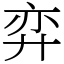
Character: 弈